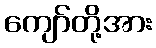
ကျော်တို့အား